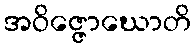
အဝိဇ္ဇောဃောတိ